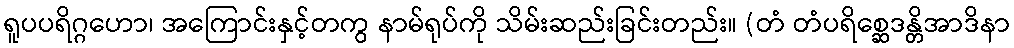
ရူပပရိဂ္ဂဟော၊ အကြောင်းနှင့်တကွ နာမ်ရုပ်ကို သိမ်းဆည်းခြင်းတည်း။ (တံ တံပရိစ္ဆေဒန္တိအာဒိနာ